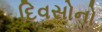
દિવસોનો